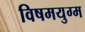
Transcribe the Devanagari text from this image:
विषमयुग्म